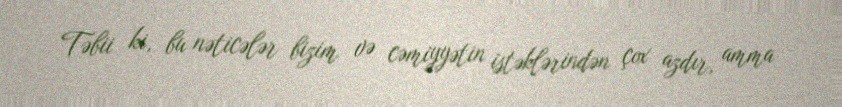
Təbii ki, bu nəticələr bizim və cəmiyyətin istəklərindən çox azdır, amma